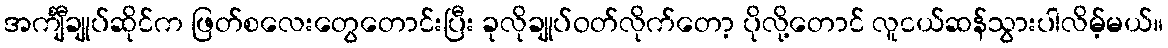
အင်္ကျီချုပ်ဆိုင်က ဖြတ်စလေးတွေတောင်းပြီး ခုလိုချုပ်ဝတ်လိုက်တော့ ပိုလို့တောင် လူငယ်ဆန်သွားပါလိမ့်မယ်။